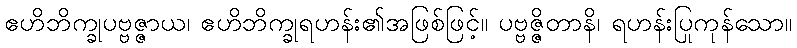
ဧဟိဘိက္ခုပဗ္ဗဇ္ဇာယ၊ ဧဟိဘိက္ခုရဟန်း၏အဖြစ်ဖြင့်။ ပဗ္ဗဇ္ဇိတာနိ၊ ရဟန်းပြုကုန်သော။